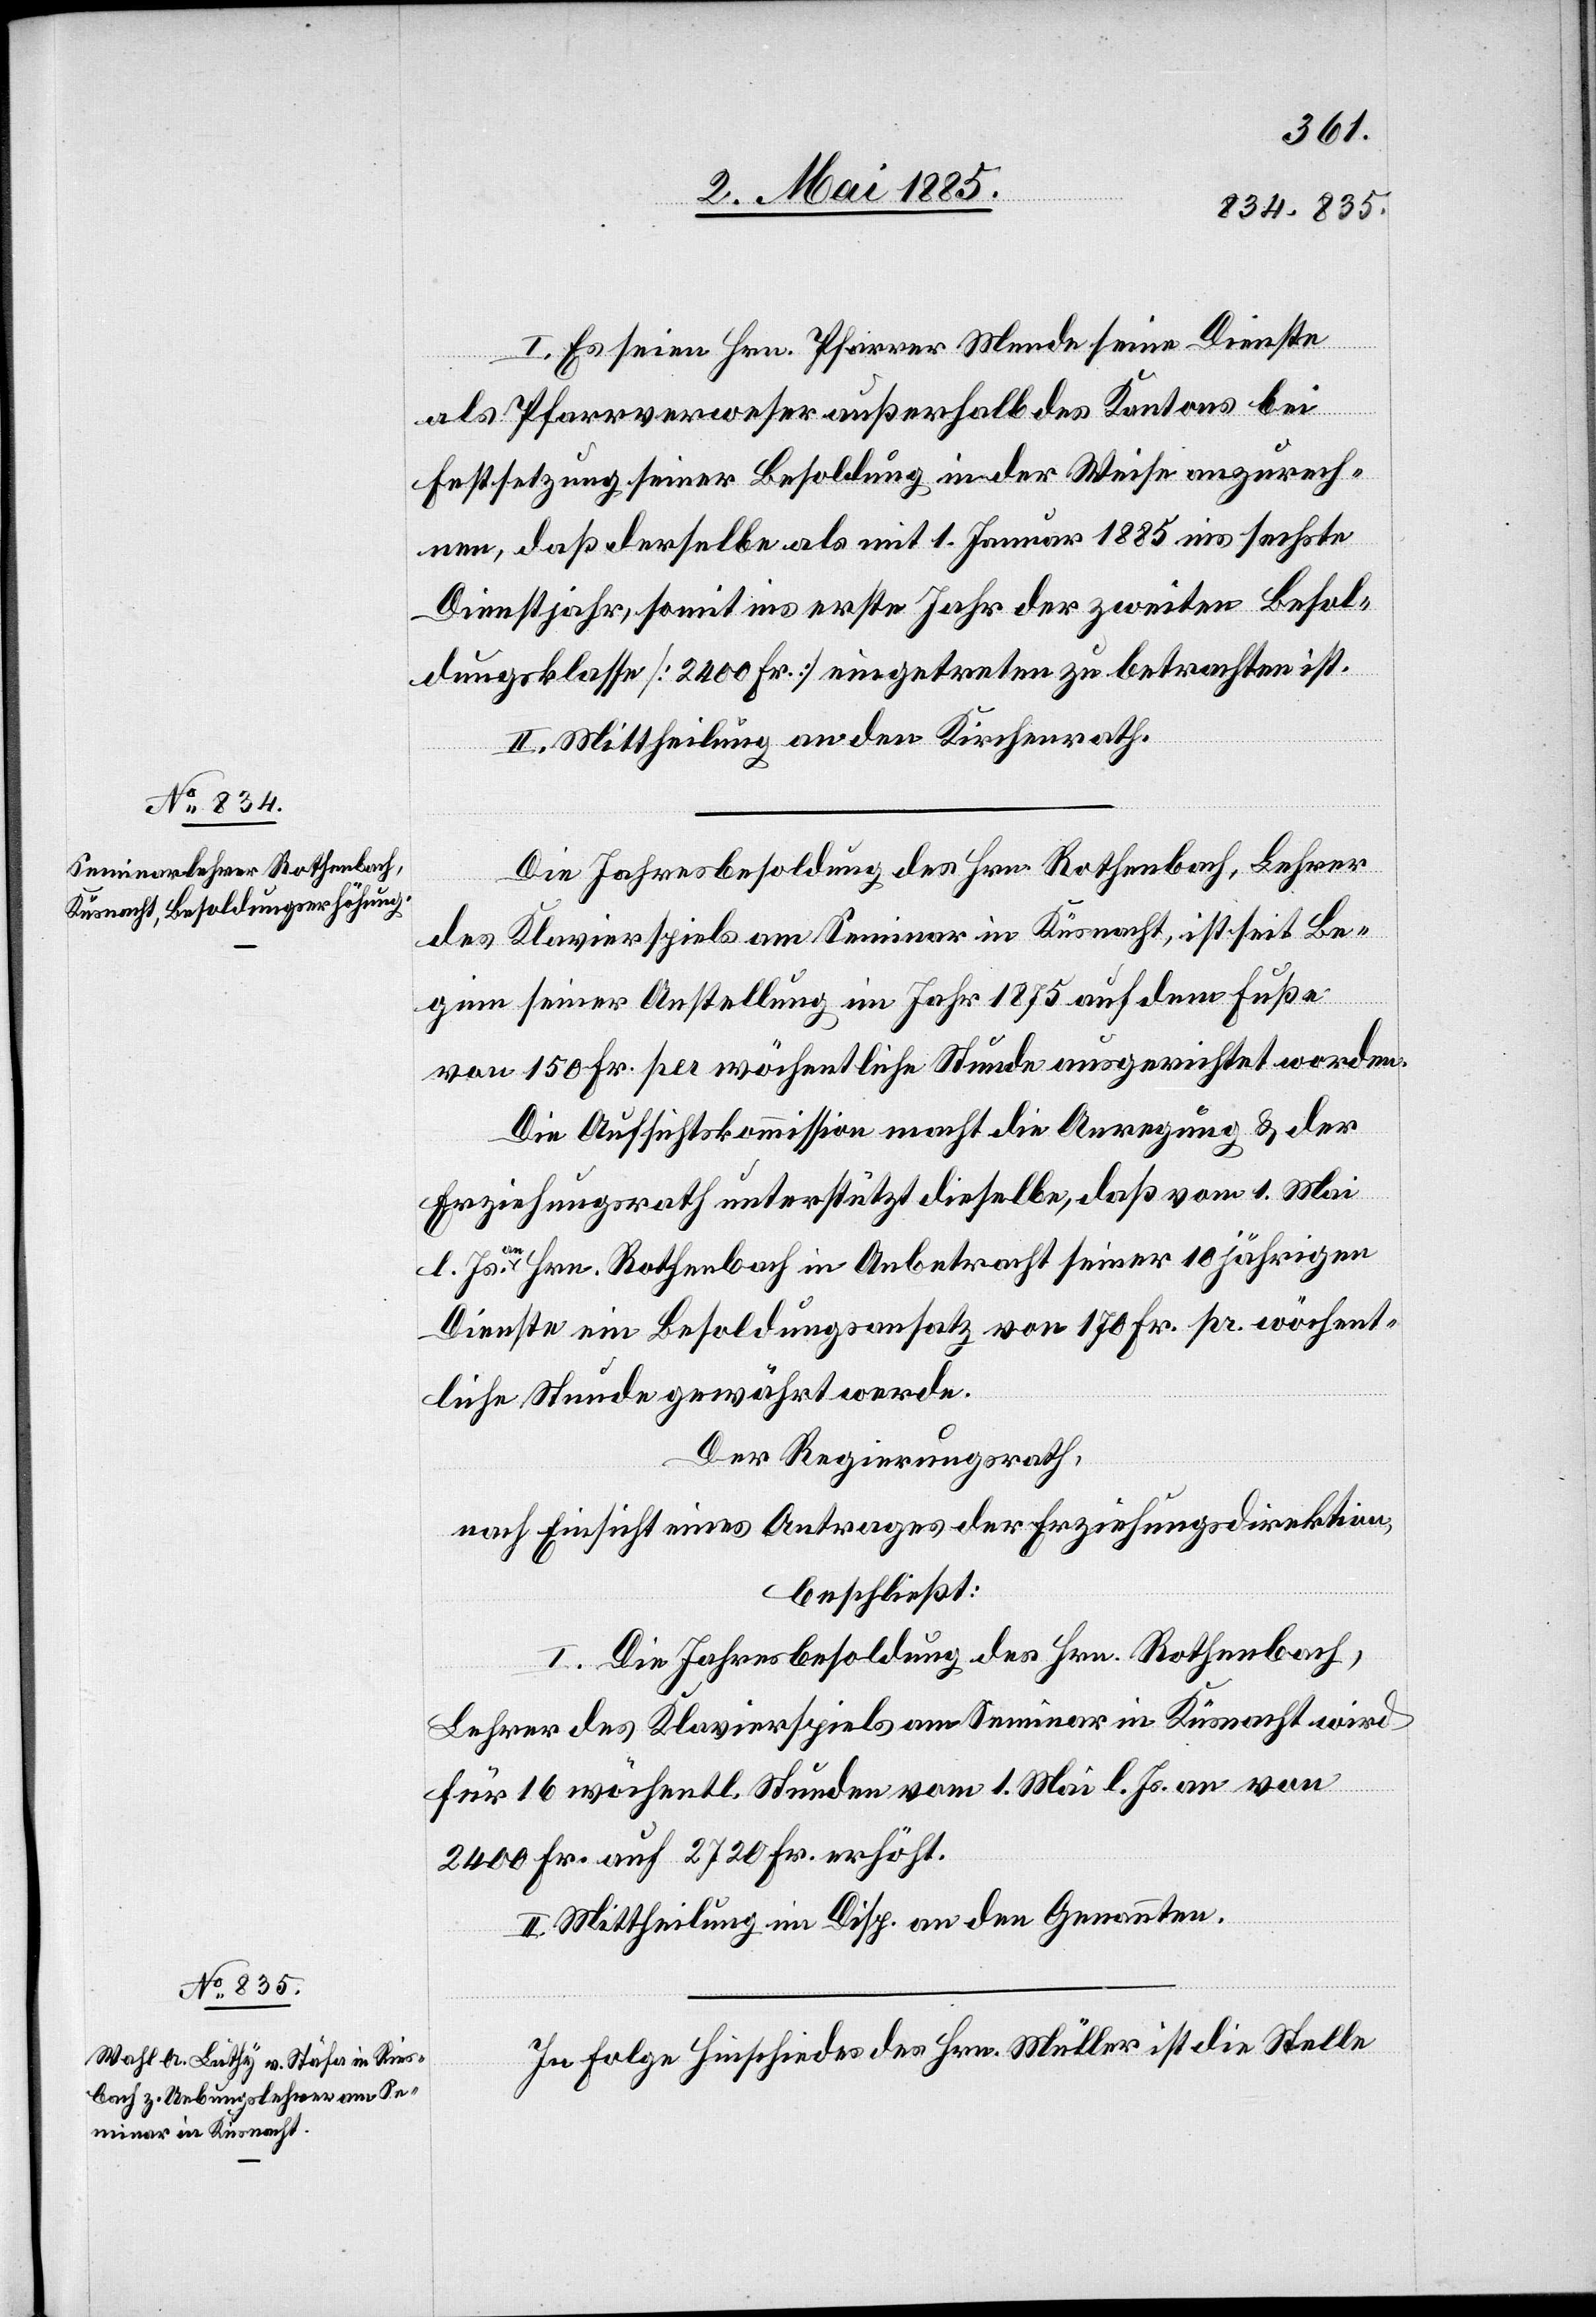
I. Es seien Hrn. Pfarrer Mende seine Dienste
als Pfarrverweser außerhalb des Kantons bei
Festsetzung seiner Besoldung in der Weise anzurech¬
nen, daß derselbe als mit 1. Januar 1885 ins sechste
Dienstjahr, somit ins erste Jahr der zweiten Besol¬
dungsklasse [2400 Fr.] eingetreten zu betrachten ist.
II. Mittheilung an den Kirchenrath.
Die Jahresbesoldung des Hrn. Rothenbach, Lehrer
des Klavierspiels am Seminar in Küsnacht, ist seit Be¬
ginn seiner Anstellung im Jahr 1875 auf dem Fuße
von 150 Fr. per wöchentliche Stunde ausgerichtet worden.
Die Aufsichtskommission macht die Anregung & der
Erziehungsrath unterstützt dieselbe, daß vom 1. Mai
l. Js. an Hrn. Rothenbach in Anbetracht seiner 10jährigen
Dienste ein Besoldungsansatz von 170 Fr. pr. wöchent¬
liche Stunde gewährt werde.
Der Regierungsrath,
nach Einsicht eines Antrages der Erziehungsdirektion,
beschließt:
I. Die Jahresbesoldung des Hrn. Rothenbach,
Lehrer des Klavierspiels am Seminar in Küsnacht wird
für 16 wöchentl. Stunden vom 1. Mai l. Js. an von
2400 Fr. auf 2720 Fr. erhöht.
II. Mittheilung im Disp. an den Genannten.
In Folge Hinschiedes des Hrn. Müller ist die Stelle